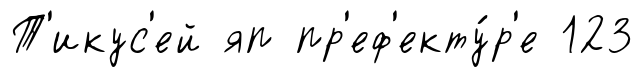
Т'икус'ей яп пр'еф'екту́р'е 123